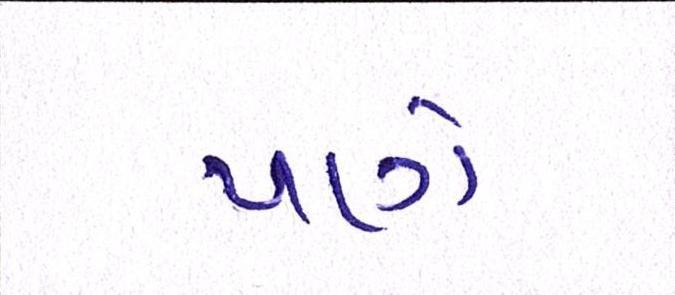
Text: પણે